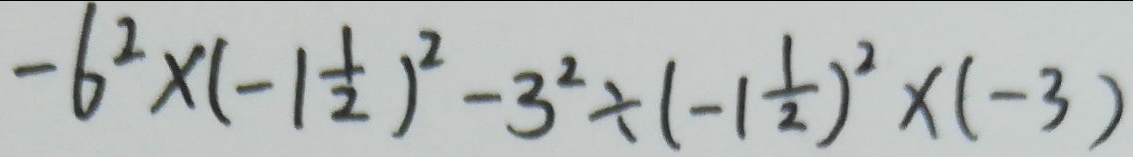
- 6 ^ { 2 } \times ( - 1 \frac { 1 } { 2 } ) ^ { 2 } - 3 ^ { 2 } \div ( - 1 \frac { 1 } { 2 } ) ^ { 2 } \times ( - 3 )